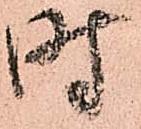
時